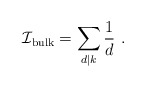
\begin{align*}{\cal I}_{\rm bulk}=\sum_{d|k} \frac{1}{d}\ .\end{align*}